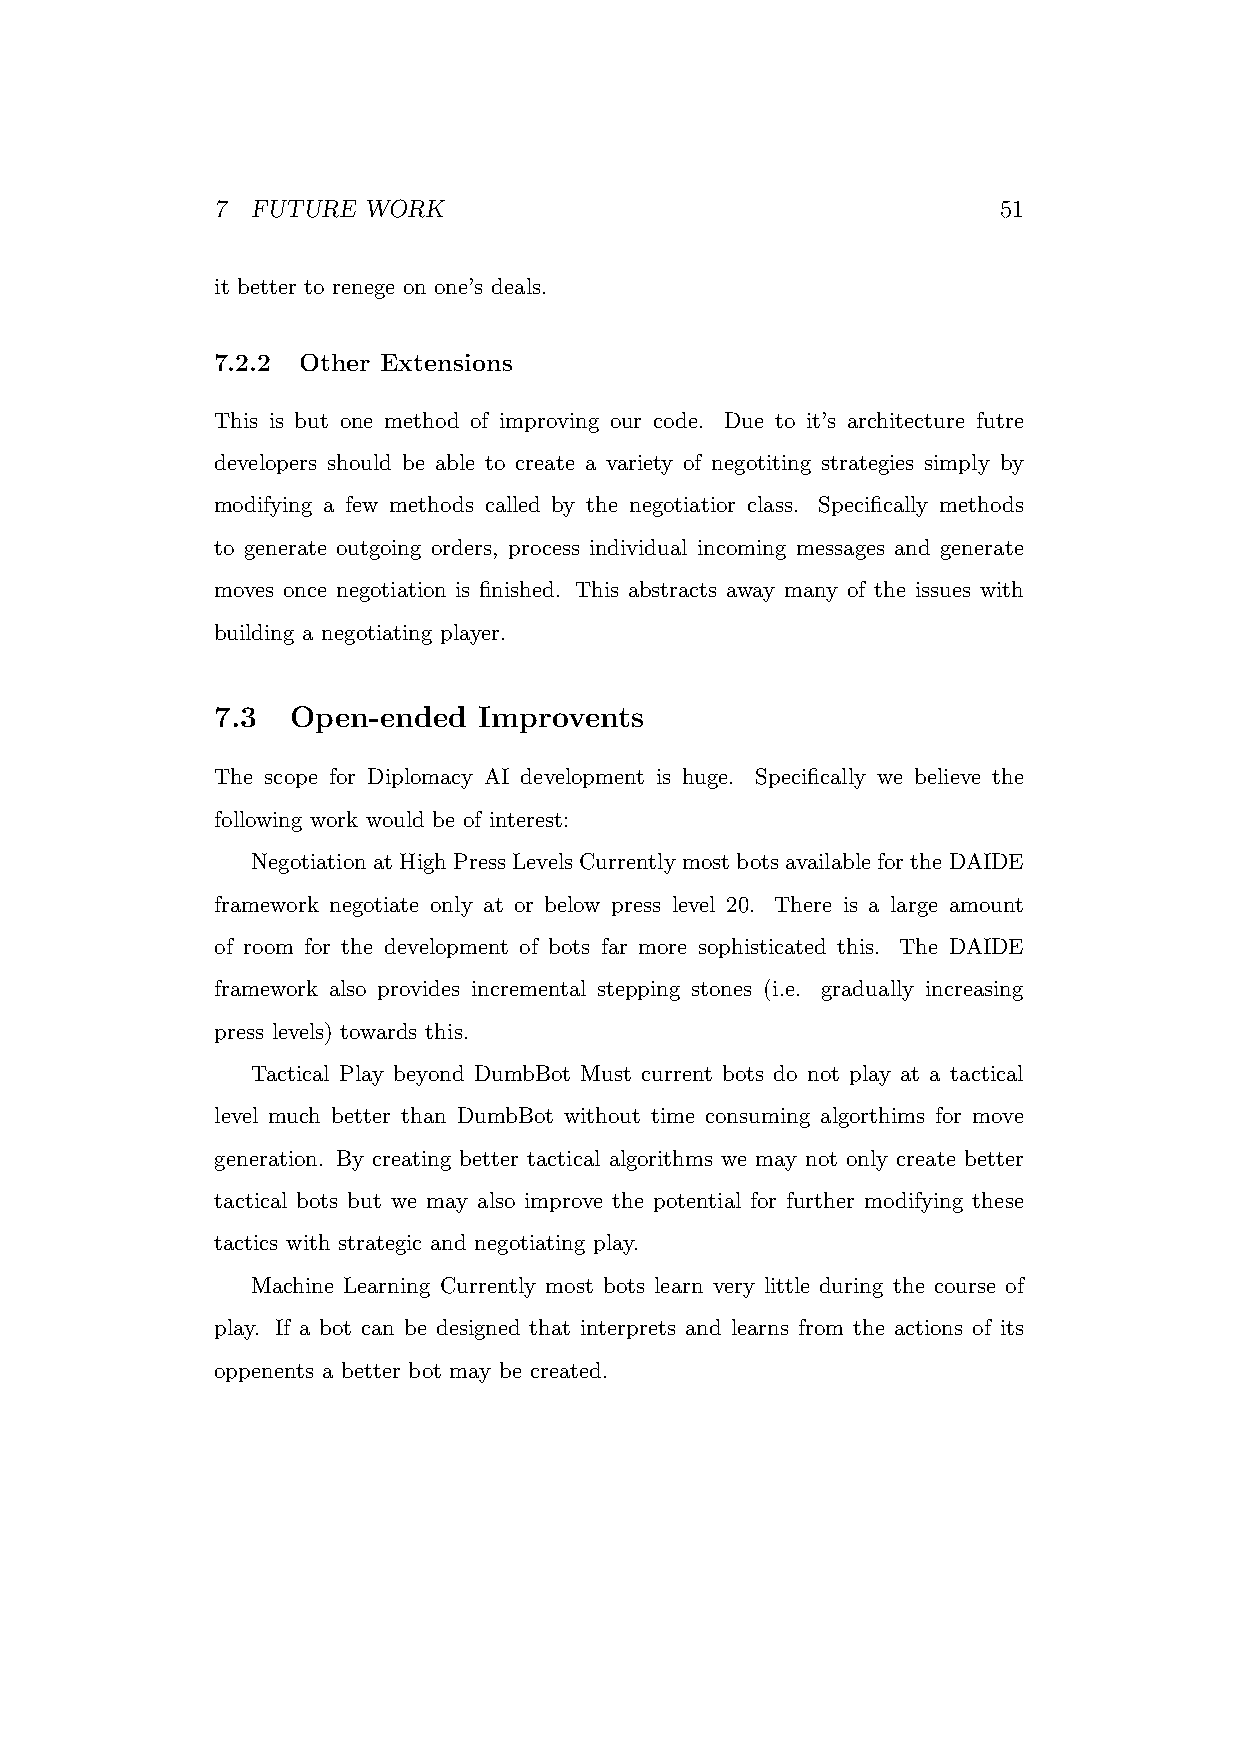
7  FUTURE WORK                                      51
 it better to renege on one’s deals.
 7.2.2 Other Extensions
 This is but one method of improving our code. Due to it’s architecture futre
 developers should be able to create a variety of negotiting strategies simply by
 modifying a few methods called by the negotiatior class. Specifically methods
 to generate outgoing orders, process individual incoming messages and generate
 moves once negotiation is finished. This abstracts away many of the issues with
 building a negotiating player.
 7.3  Open-ended   Improvents
 The scope for Diplomacy AI development is huge. Specifically we believe the
 following work would be of interest:
 Negotiation at High Press Levels Currently most bots available for the DAIDE
 framework negotiate only at or below press level 20. There is a large amount
 of room for the development of bots far more sophisticated this. The DAIDE
 framework also provides incremental stepping stones (i.e. gradually increasing
 press levels) towards this.
 Tactical Play beyond DumbBot Must current bots do not play at a tactical
 level much better than DumbBot without time consuming algorthims for move
 generation. By creating better tactical algorithms we may not only create better
 tactical bots but we may also improve the potential for further modifying these
 tactics with strategic and negotiating play.
 Machine Learning Currently most bots learn very little during the course of
 play. If a bot can be designed that interprets and learns from the actions of its
 oppenents a better bot may be created.